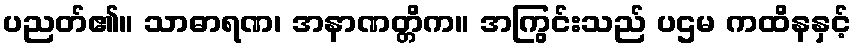
ပညတ်၏။ သာဓာရဏ၊ အနာဏတ္တိက။ အကြွင်းသည် ပဌမ ကထိနနှင့်